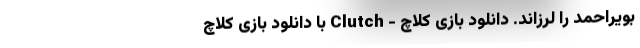
بویراحمد را لرزاند. دانلود بازی کلاچ - Clutch با دانلود بازی کلاچ